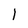
Character: l